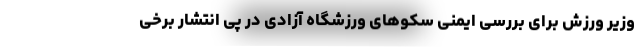
وزیر ورزش برای بررسی ایمنی سکوهای ورزشگاه آزادی در پی انتشار برخی